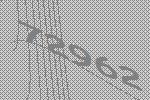
72962